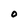
Character: 0